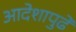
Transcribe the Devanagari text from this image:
आदेशापुढे